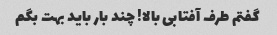
گفتم طرف آفتابی بالا! چند بار باید بهت بگم